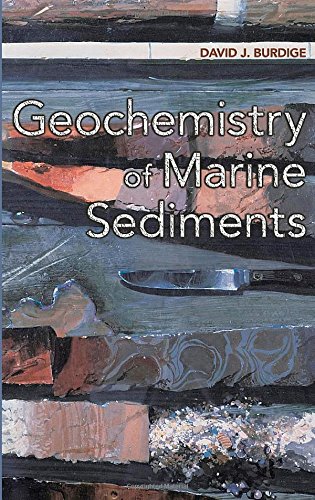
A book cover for Geochemistry of Marine Sediments; David J. Burdige; Science & Math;